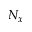
N _ { x }